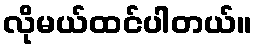
လိုမယ်ထင်ပါတယ်။